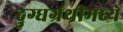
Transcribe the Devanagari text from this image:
दुग्धग्रंथीमध्ये